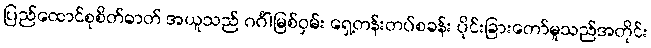
ပြည်ထောင်စုစိတ်ဓာတ် အယူသည် ဂင်္ဂါမြစ်ဝှမ်း ရှေ့တန်းတပ်စခန်း ပိုင်းခြားတော်မူသည်အတိုင်း